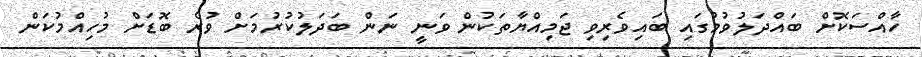
ހާއްސަކޮށް ބައްދަލުވުމުގައި ބައިވެރިވި ޖަމިއްޔާތަކުން ވަނީ ނަން ބަދަލުކުރުމަށް ވުރެ ބޮޑަށް މުހިއްމުކަން